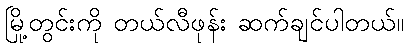
မြို့တွင်းကို တယ်လီဖုန်း ဆက်ချင်ပါတယ်။